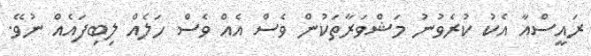
ރައީސްއާ އެކު ކުރެވުނު މަޝްވަރާތަކުން ވެސް އެއް ވެސް ހަލެއް ލިބިފައެއް ނުވޭ.